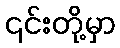
၎င်းတို့မှာ